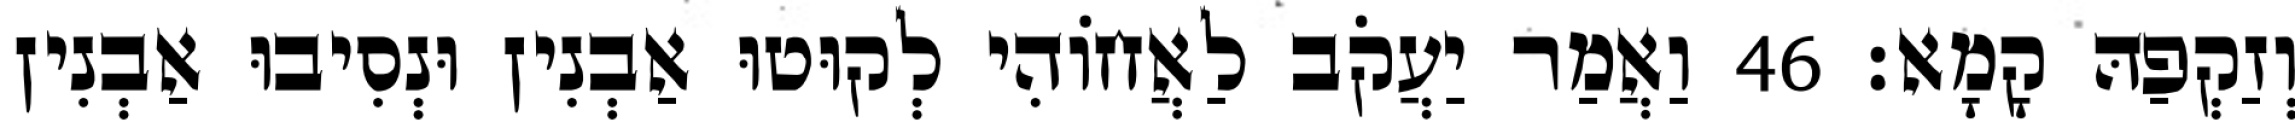
וְזַקְפַהּ קָמָא׃ 46 וַאֲמַר יַעֲקֹב לַאֲחוֹהִי לְקוּטוּ אַבְנִין וּנְסִיבוּ אַבְנִין